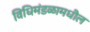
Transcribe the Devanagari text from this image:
विधिमंडळामधील